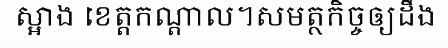
ស្អាង ខេត្តកណ្តាល។សមត្ថកិច្ចឲ្យដឹង